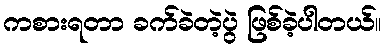
ကစားရတာ ခက်ခဲတဲ့ပွဲ ဖြစ်ခဲ့ပါတယ်။